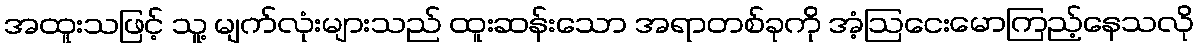
အထူးသဖြင့် သူ့ မျက်လုံးများသည် ထူးဆန်းသော အရာတစ်ခုကို အံ့ဩငေးမောကြည့်နေသလို